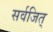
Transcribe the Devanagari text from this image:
सर्वजित्